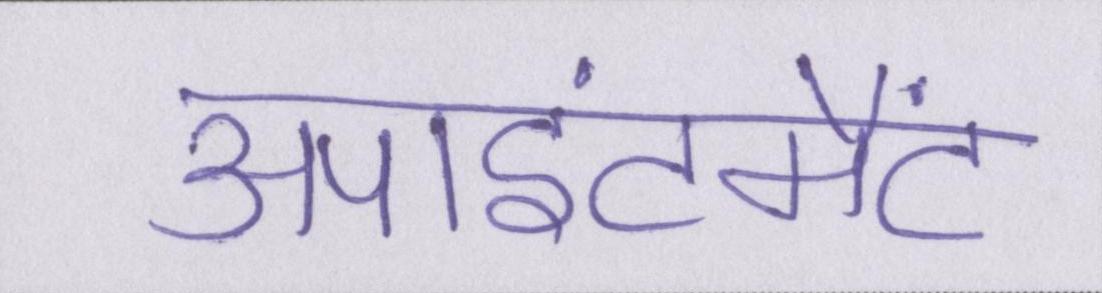
अपाइंटमैंट